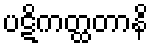
ပဋိကတ္ထတာနိ